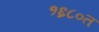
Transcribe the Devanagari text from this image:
१६८०त